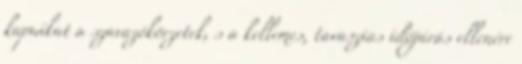
kapuikat a szavazókörzetek, s a kellemes, tavaszias időjárás ellenére